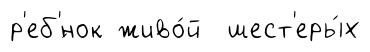
р'еб'́нок живо́й шест'еры́х